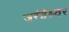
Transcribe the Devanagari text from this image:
जरंडेश्र्वर